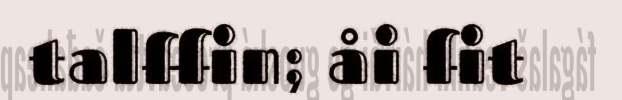
talffin; åi fit